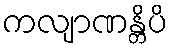
ကလျာဏန္တိပိ